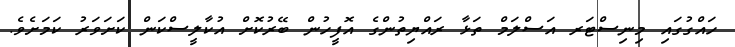
ހައްގުގައި މިނިސްޓަރ އަސްލަމް ތަޅާ ރައްޔިތުންގެ އޮފީހުން ބޭރުކޮށް އުކާާލީސްކަން ކަށަވަރު ކަމަށެވެ.